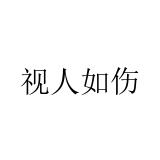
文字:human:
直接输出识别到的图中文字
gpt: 视人如伤